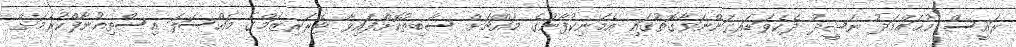
ރައީސް މުޙައްމަދު ނަޝީދު ދެކެވަޑައިގަންނަވާގޮތުގައި އެމަނިކުފާނުގެ މައްޗަށް ސާބިތުކޮށްފައިވާ ޓެރަރިޒަމްގެ މައްސަލަ އިސްތިއުނާފްކުރުމަށް